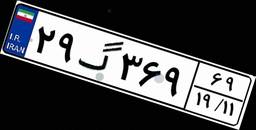
۲۸گ۲۰۵۷۷